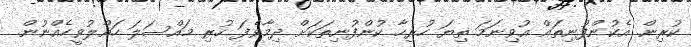
ކުރިން. އެކުންފުނިތައް އުވިނަމަ ތިޔަ ހުރިހާ ކުންފުނިތަކަށް ދިމާވެފަ ހުރި މައްސަލަ ހައްލުވީހެއްނުން.